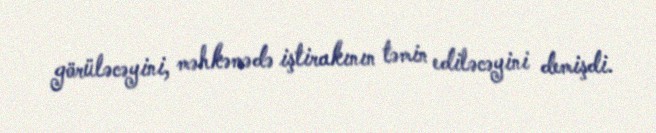
görüləcəyini, məhkəmədə iştirakının təmin ediləcəyini demişdi.